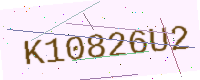
Text: K10826U2